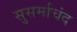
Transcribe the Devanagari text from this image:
सुसर्माचंद